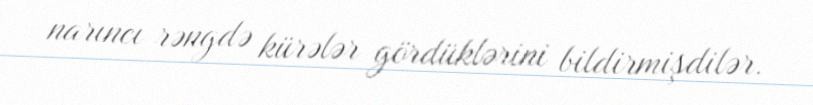
narıncı rəngdə kürələr gördüklərini bildirmişdilər.